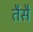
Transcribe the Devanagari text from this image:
तैसै